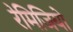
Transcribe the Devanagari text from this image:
रेमिजियो